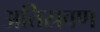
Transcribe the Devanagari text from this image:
अतिस्रवण